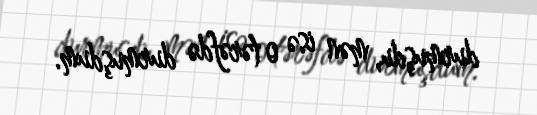
durmuşdu, mən isə o tərəfdə durmuşdum.